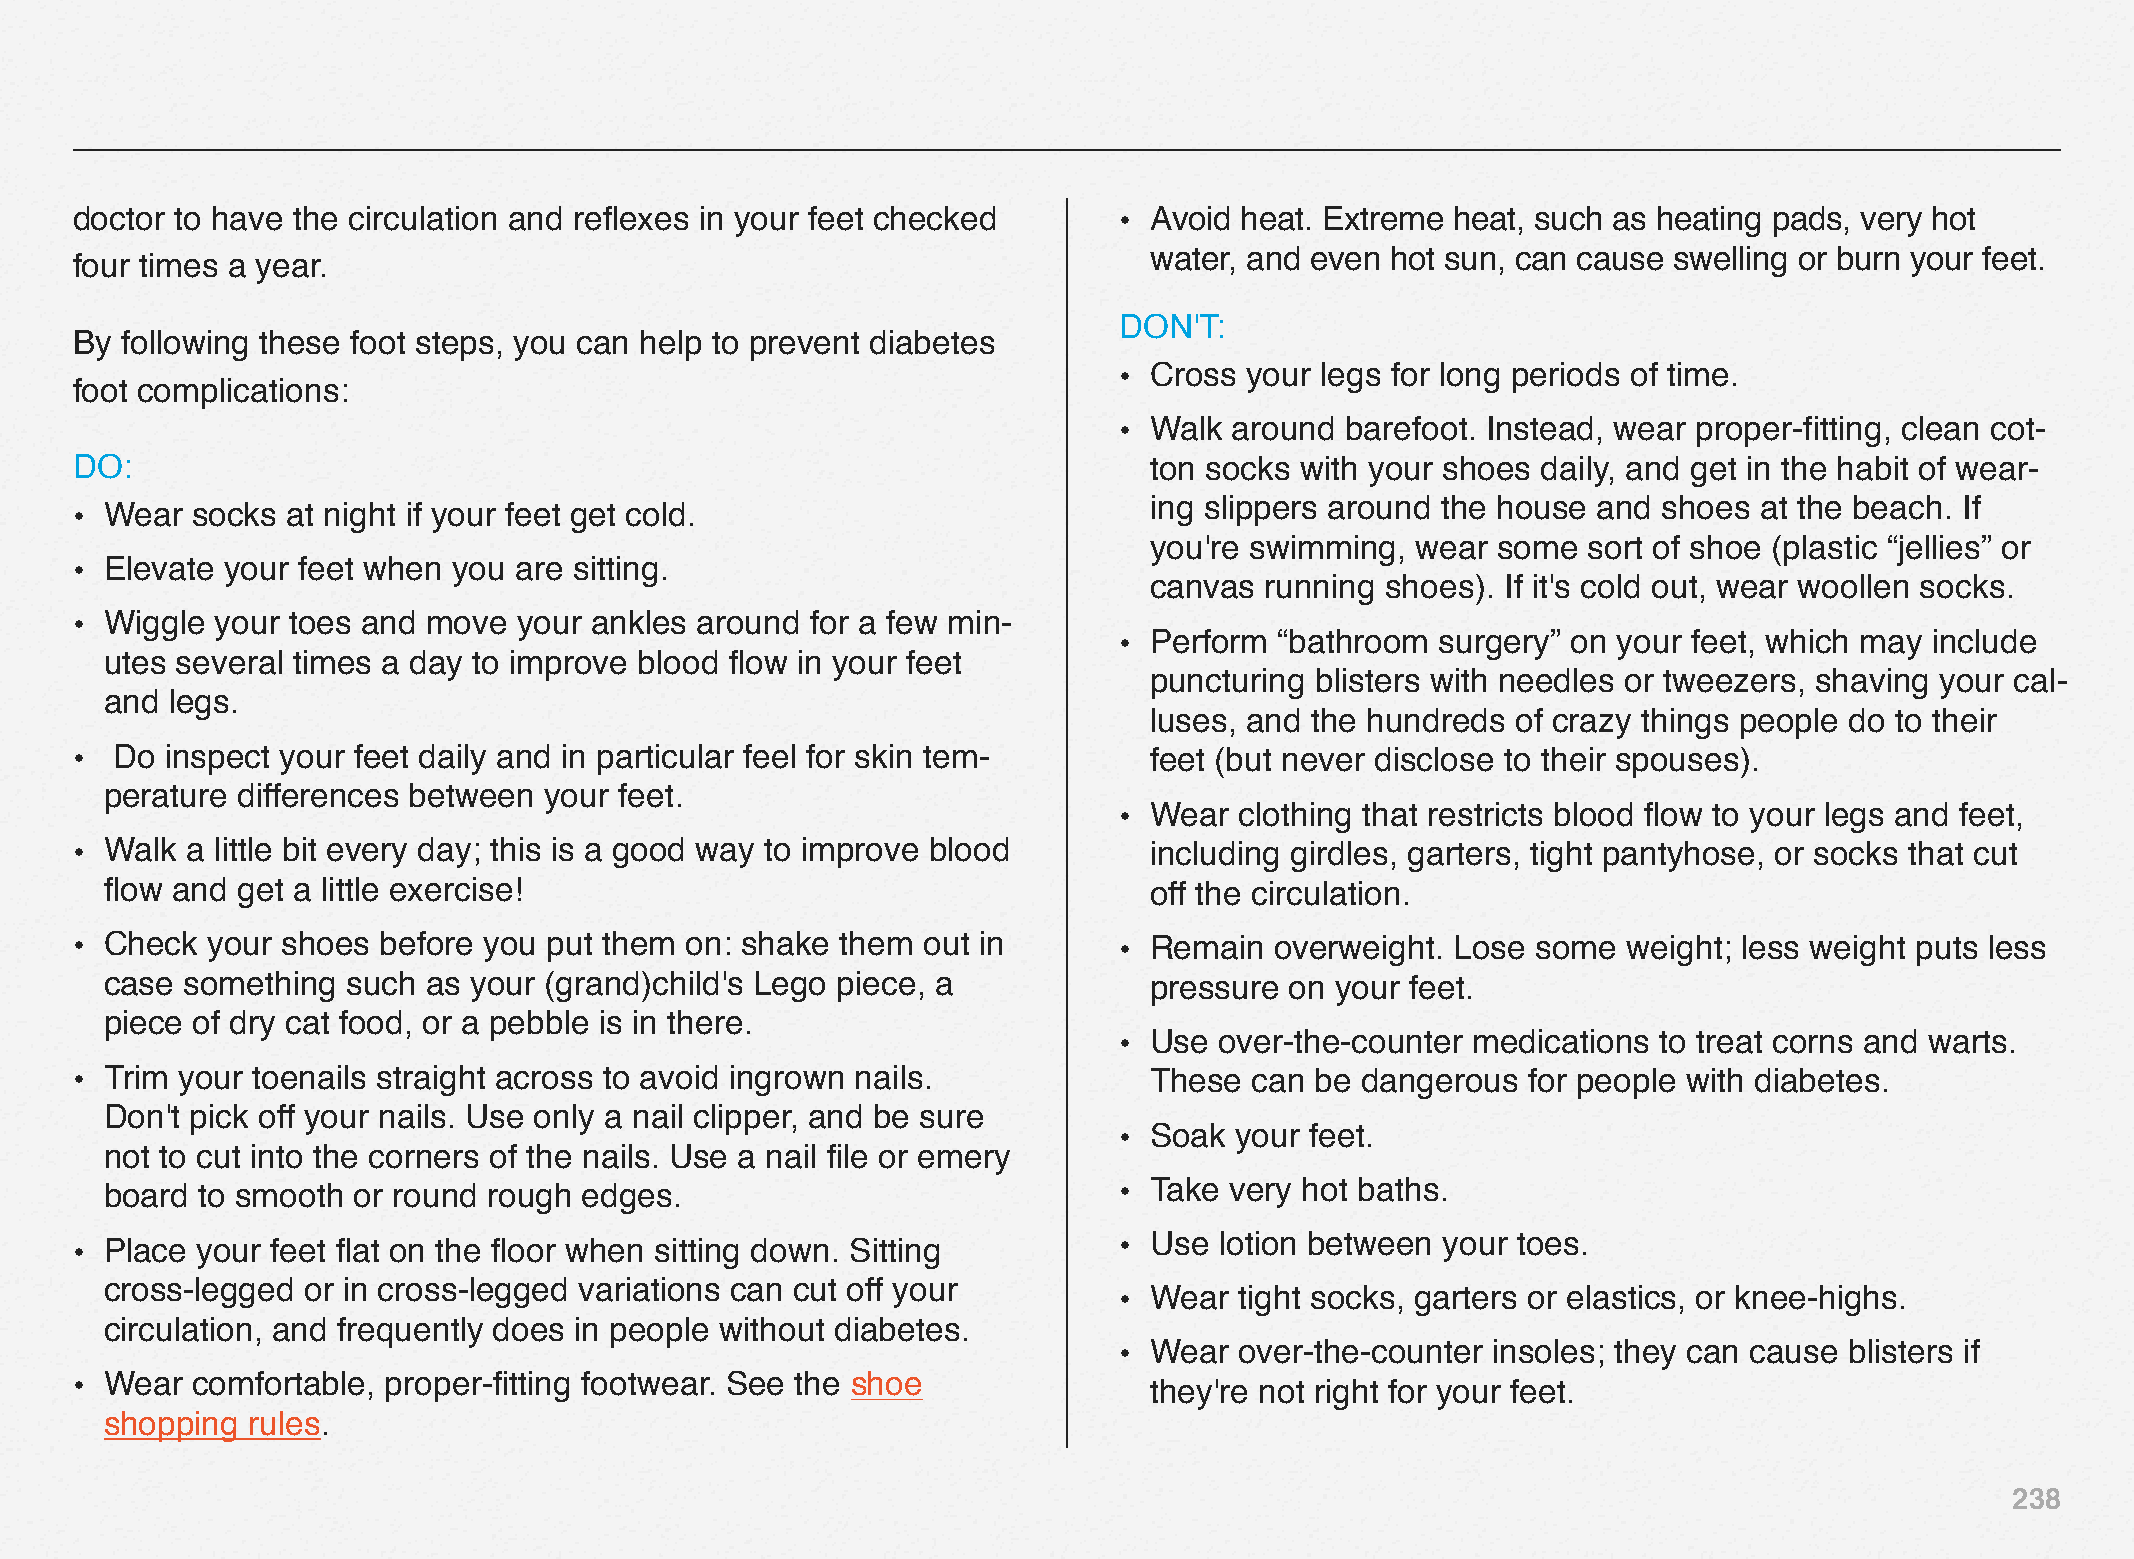
doctor to have the circulation and reflexes in your feet checked     • Avoid heat. Extreme heat, such as heating pads, very hot
 water, and even hot sun, can cause swelling or burn your feet.
 four times a year.
 DON'T:
 By following these foot steps, you can help to prevent diabetes
 • Cross  your legs for long periods of time.
 foot complications:
 • Walk  around barefoot. Instead, wear proper-fitting, clean cot-
 DO:                                                                    ton socks with your shoes daily, and get in the habit of wear-
 ing slippers around the house and shoes  at the beach. If
 • Wear  socks at night if your feet get cold.
 you're swimming,  wear some  sort of shoe (plastic “jellies” or
 • Elevate your feet when you are sitting.
 canvas  running shoes). If it's cold out, wear woollen socks.
 • Wiggle your toes and move  your ankles around  for a few min-
 • Perform  “bathroom surgery” on your feet, which may include
 utes several times a day to improve blood flow in your feet
 puncturing blisters with needles or tweezers, shaving your cal-
 and legs.
 luses, and the hundreds of crazy things people do to their
 •  Do inspect your feet daily and in particular feel for skin tem-     feet (but never disclose to their spouses).
 perature differences between your feet.
 • Wear  clothing that restricts blood flow to your legs and feet,
 • Walk a little bit every day; this is a good way to improve blood     including girdles, garters, tight pantyhose, or socks that cut
 flow and get a little exercise!                                      off the circulation.
 • Check  your shoes before you put them on: shake  them out in       • Remain  overweight. Lose  some  weight; less weight puts less
 case something  such as your (grand)child's Lego piece, a            pressure on your feet.
 piece of dry cat food, or a pebble is in there.
 • Use  over-the-counter medications to treat corns and warts.
 • Trim your toenails straight across to avoid ingrown nails.           These  can be dangerous  for people with diabetes.
 Don't pick off your nails. Use only a nail clipper, and be sure
 • Soak  your feet.
 not to cut into the corners of the nails. Use a nail file or emery
 board to smooth or round rough  edges.                             • Take very hot baths.
 • Place your feet flat on the floor when sitting down. Sitting       • Use  lotion between your toes.
 cross-legged or in cross-legged variations can cut off your
 • Wear  tight socks, garters or elastics, or knee-highs.
 circulation, and frequently does in people without diabetes.
 • Wear  over-the-counter insoles; they can cause blisters if
 • Wear  comfortable, proper-fitting footwear. See the shoe             they're not right for your feet.
 shopping rules.
 238